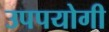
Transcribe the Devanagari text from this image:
उपपयोगी